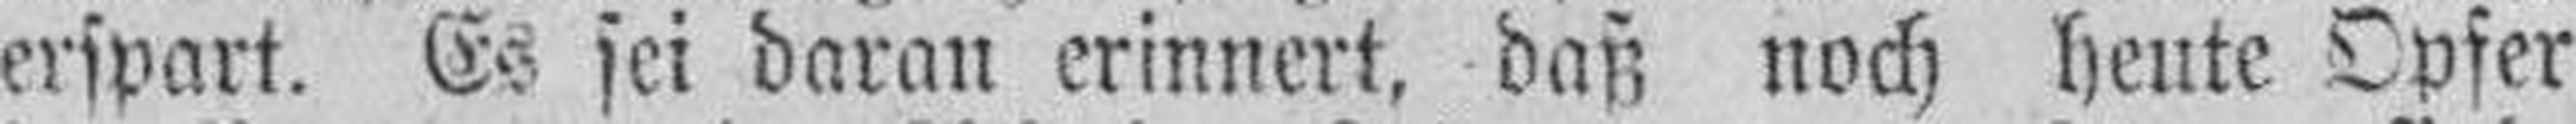
erspart. Es sei daran erinnert, daß noch heute Opfer